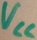
Text: VCC